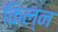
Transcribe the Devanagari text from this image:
किल्न